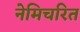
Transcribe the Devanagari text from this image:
नेमिचरित